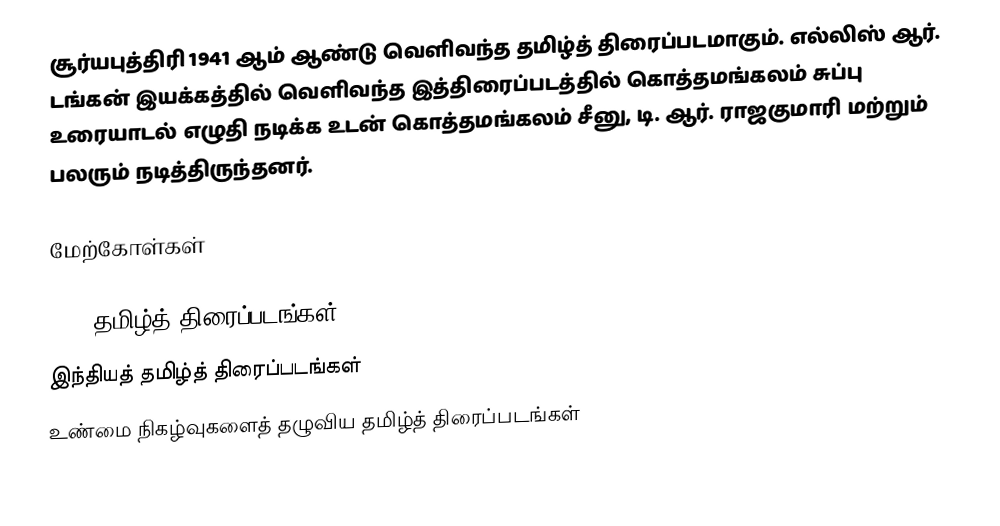
சூர்யபுத்திரி 1941 ஆம் ஆண்டு வெளிவந்த தமிழ்த் திரைப்படமாகும்.  எல்லிஸ் ஆர். டங்கன் இயக்கத்தில் வெளிவந்த இத்திரைப்படத்தில்  கொத்தமங்கலம் சுப்பு உரையாடல் எழுதி நடிக்க உடன் கொத்தமங்கலம் சீனு, டி. ஆர். ராஜகுமாரி மற்றும் பலரும் நடித்திருந்தனர்.

மேற்கோள்கள்

1941 தமிழ்த் திரைப்படங்கள்
இந்தியத் தமிழ்த் திரைப்படங்கள்
உண்மை நிகழ்வுகளைத் தழுவிய தமிழ்த் திரைப்படங்கள்